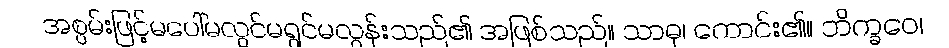
အစွမ်းဖြင့်မပေါ်မလွင်မရွင်မလွန်းသည်၏ အဖြစ်သည်။ သာဓု၊ ကောင်း၏။ ဘိက္ခဝေ၊